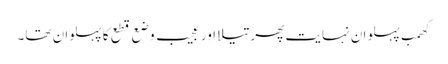
کھمب پہلوان نہایت پھرتیلا اور عجیب وضع قطع کا پہلوان تھا۔